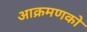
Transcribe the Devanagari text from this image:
आक्रमणको